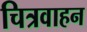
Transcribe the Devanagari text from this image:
चित्रवाहन